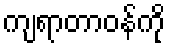
ကျရာတာဝန်ကို